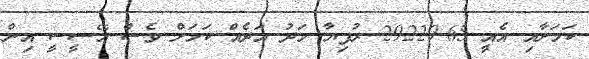
ކަމަށާއި އެއީ 29229.65 ރުފިޔާ މަދު އަދެއް ކަމަށް ވެސް އޭސީސީ އިން